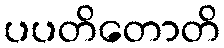
ပပတိတောတိ